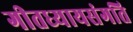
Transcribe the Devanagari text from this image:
गीतध्यायसंगति